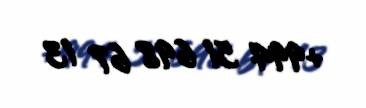
+994 51 698 67 13